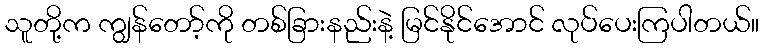
သူတို့က ကျွန်တော့်ကို တစ်ခြားနည်းနဲ့ မြင်နိုင်အောင် လုပ်ပေးကြပါတယ်။